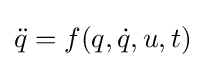
{\ddot {q}}=f(q,{\dot {q}},u,t)